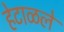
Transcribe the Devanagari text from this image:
हेटाळले